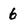
Character: 6